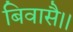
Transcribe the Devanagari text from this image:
बिवासै।।